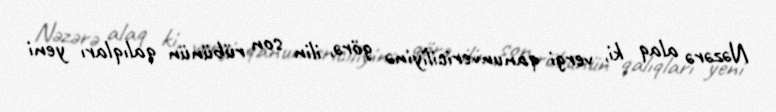
Nəzərə alaq ki, vergi qanunvericiliyinə görə, ilin son rübünün qalıqları yeni